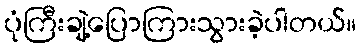
ပုံကြီးချဲ့ပြောကြားသွားခဲ့ပါတယ်။